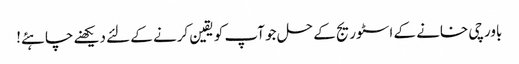
باورچی خانے کے اسٹوریج کے حل جو آپ کو یقین کرنے کے لئے دیکھنے چاہئے!